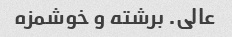
عالی. برشته و خوشمزه